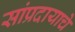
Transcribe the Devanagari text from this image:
सांप्रदायाचे